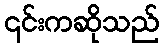
၎င်းကဆိုသည်